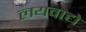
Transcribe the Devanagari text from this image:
लयवाद्ये